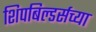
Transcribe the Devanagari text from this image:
शिपबिल्डर्सच्या